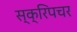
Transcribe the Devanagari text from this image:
स्क्रिपचर